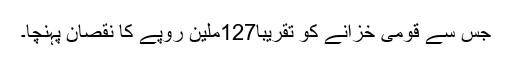
جس سے قومی خزانے کو تقریبا127ملین روپے کا نقصان پہنچا۔